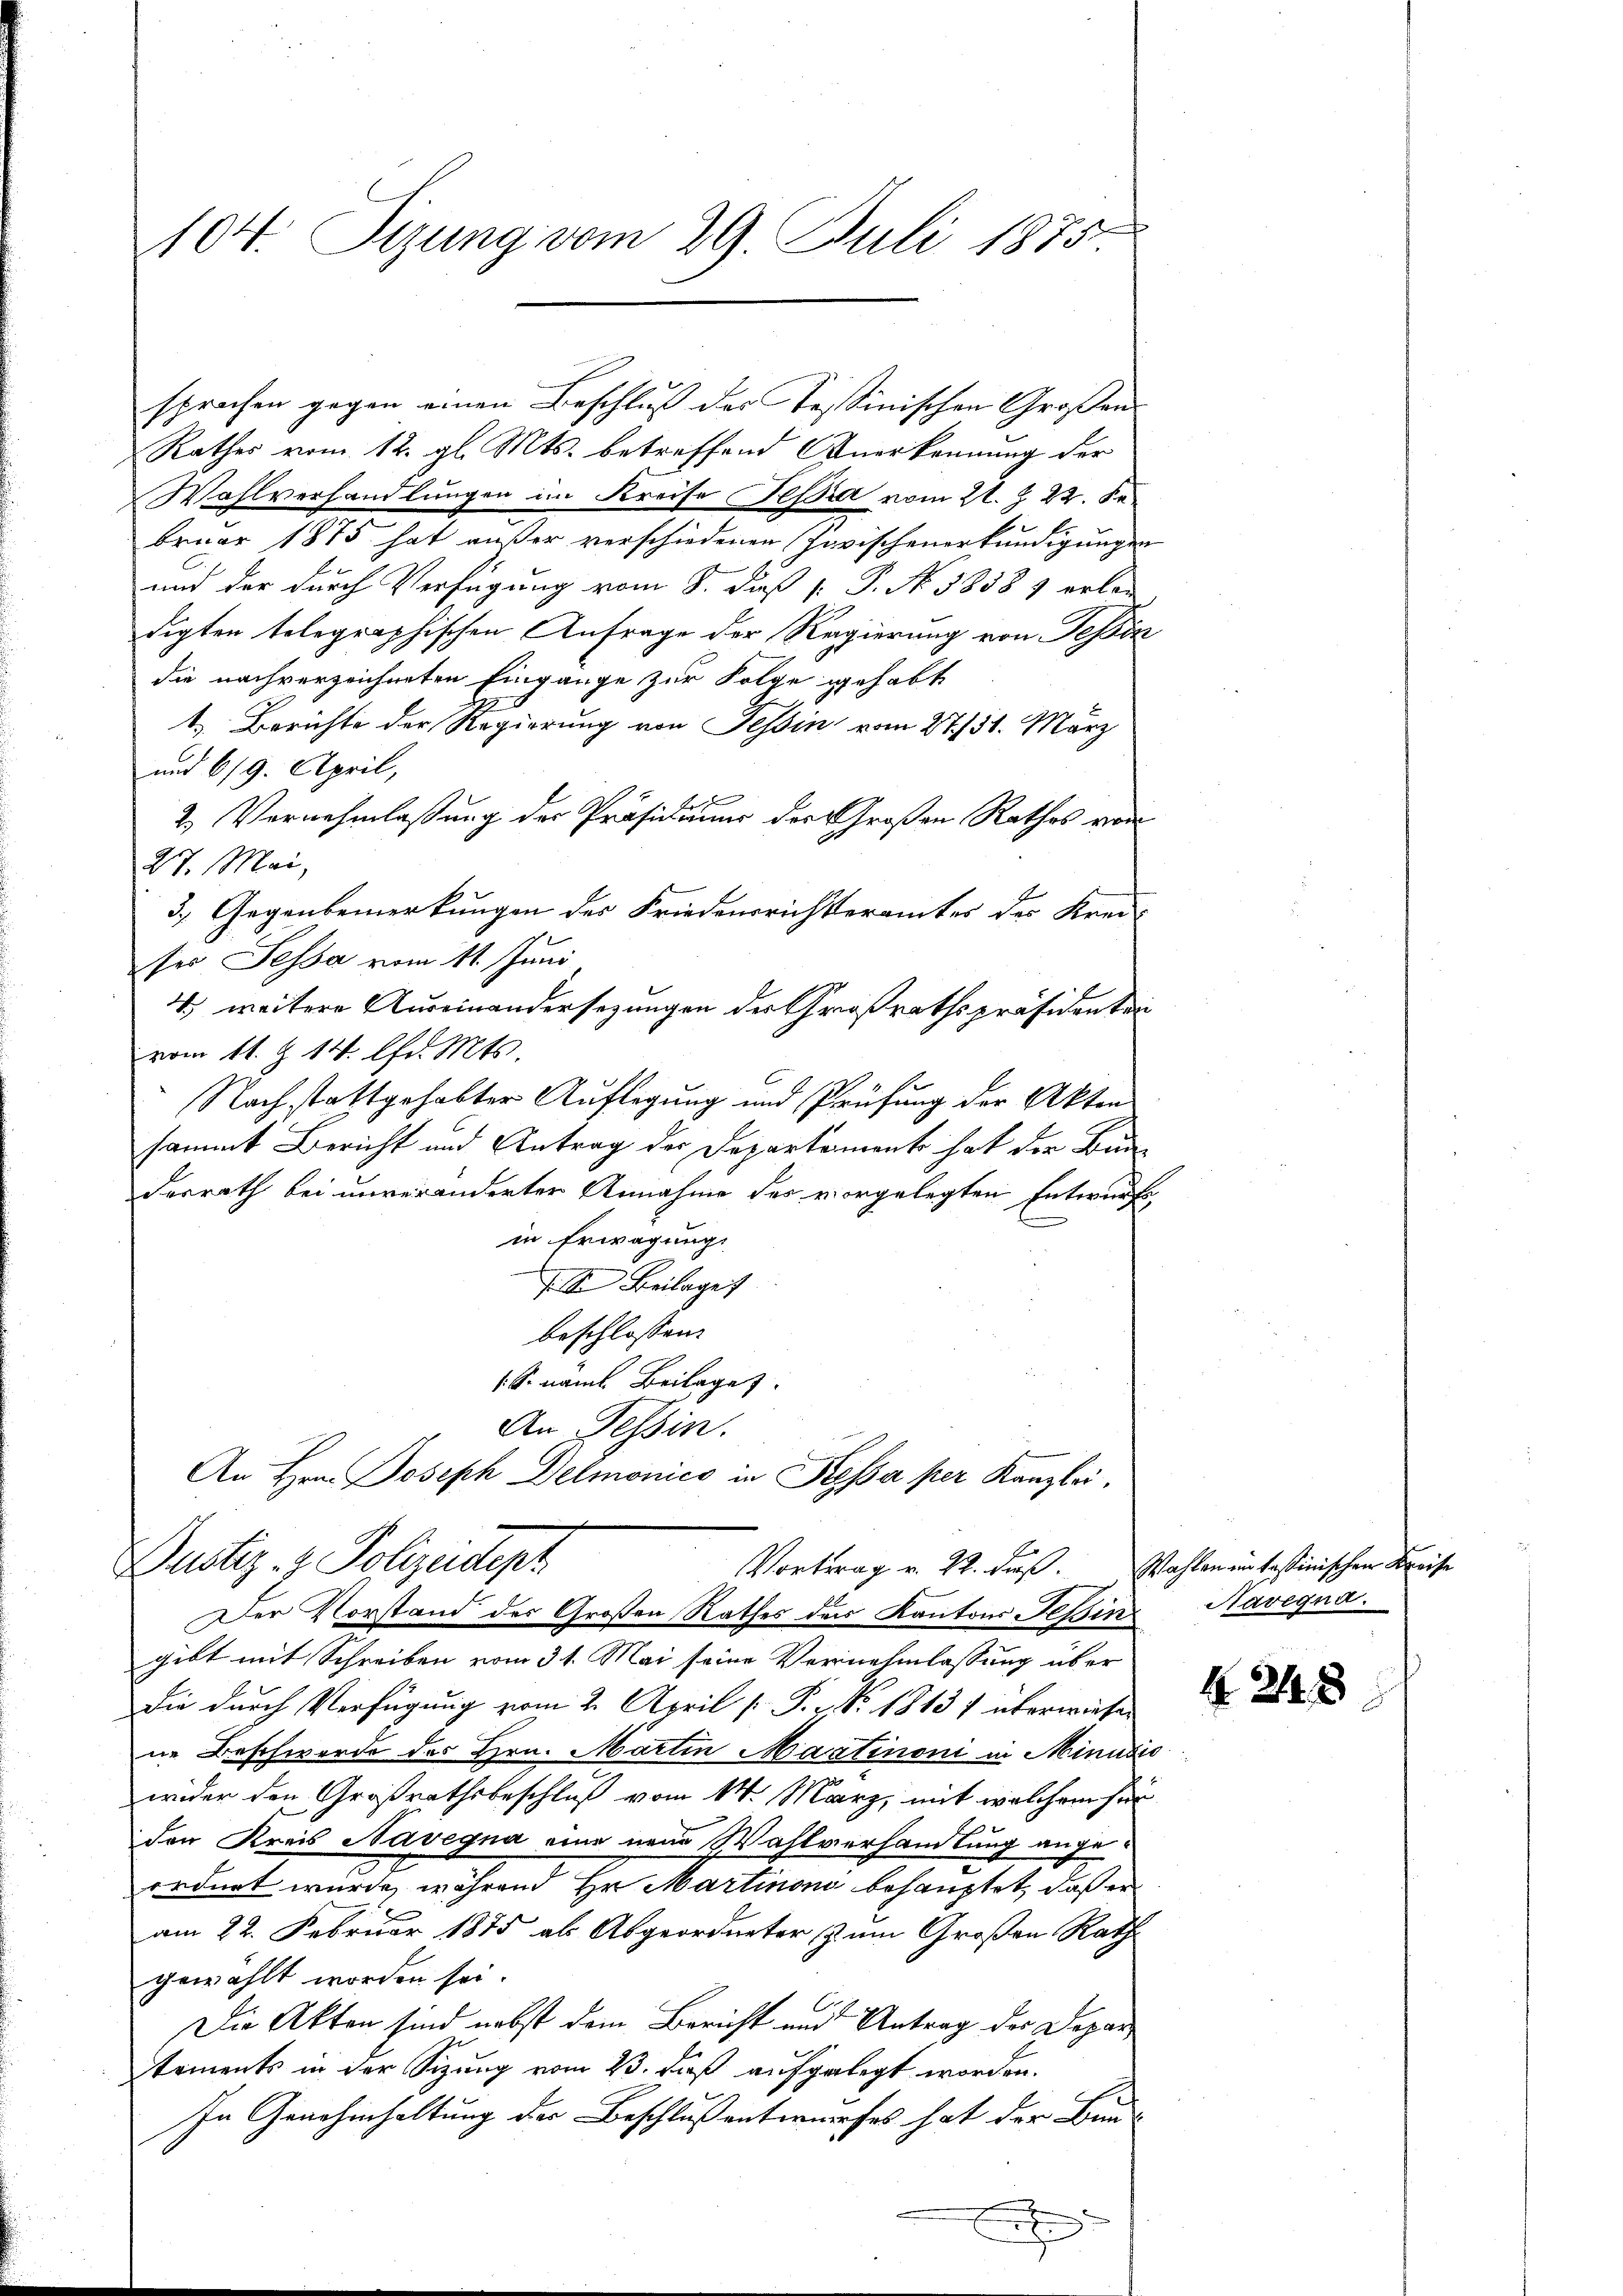
104. Tizung vom 29. Juli 1875

sprochen gegen einen Beschluß des Tessinischen Großen¬
Rathes vom 12. gl. Mts. betreffend Anerkennung der
Wohlverhandlungen im Kreise Pepia vom 21. Z. 22. Se
bruar 1875 hat außer verschiedenen Zuwischenerkundigungen
und der durch Verfügung vom 8. diß [ P. No. 58389 erlan
digten telegraphischen Anfrage der Regierung von Tessin
die nachverzeichneten Eingange zur Folge gehabt
t. Berichte der Regierung von Tessin vom 27. 31. März
und 619. April,
2. Vernehmlassung der Präsidiums der Großen Rathes von
27. Mai,
3.) Gegenbemerkungen des Friedensrichteramtes des Kreis
ser Sessa vom 11. Juni
4 weitere Auseinandersezungen der Großrathspräsidenten
vom 11. Z. 14. Chr. Mts.
Nachstattgehabter Auflegung und Prüfung der Akten
sammt Bericht und Antrag der Departement hat der Bun
derrath bei unveränderter Annahme des vorgelegten Entwurfs,
in Erwägung
J S. Beilage
beschlossen:
S. name Beilage
An Tessin.
An Hrn. Joseph Delmonico in Kessa per Kanzlei.

Dustiz- & Polizeistenz
Vortrag v. 22. dieß. Wahlen ein tessinischen Kreise
Der Vorstand des Großen Rathes der Kantons Tessin Navegna

gibt mit Schreiben vom 31. Mai seine Vernehmlassung über
die durch Verfügung vom 2. April [ P. v. No. 1813 1 überwiesen
ne Beschwerde des Hrn. Martin Martinoni in Minusio
wider den Großrathsbeschluß vom 14. März, mit welchem sie
den Kreis Navegna eine neue Wahlverhandlung angeordnet wurde, während Hr. Martinono behauptet, daß er
am 22. Februar 1875 als Abgeordneter (zum Großen Rath
gewählt worden sei.
Die Akten sind nebst dem Bericht und Antrag des Departements in der Sitzung vom 23. daß aufgelegt worden.
In Genehmhaltung der Beschlußentwurfes hat der Bun-
.
u

248